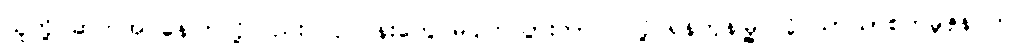
သူတို့ ဆက်အပ်နေကြလို့လည်း လုပ်ငန်းတွေ မပျက်သွားတာပါ လို့ ရန်ကုန်မြို့ လှိုင်သာယာစက်မူဇုန် က